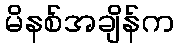
မိနစ်အချိန်က